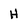
Character: H